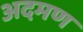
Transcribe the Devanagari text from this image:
अदमण